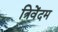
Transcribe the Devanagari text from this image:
त्रिवेंदम